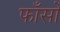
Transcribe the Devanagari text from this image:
फाँसों